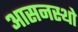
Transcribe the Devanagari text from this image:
आसनस्थो